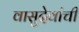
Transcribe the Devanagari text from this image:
वासुदेवांची